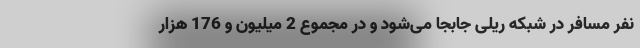
نفر مسافر در شبکه ریلی جابجا می‌شود و در مجموع 2 میلیون و 176 هزار